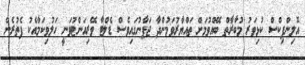
އޮލިންޕިކްސް ކުޅިވަރު މުބާރާތް ބޭއްވުމަށް ތައްޔާރުވަމުންދާ ޖަޕާނުގައިވެސް ޑެލްޓާ ވޭރިއަންޓުވަނީ ހަލުވިކަމާއެކު ފެތުރެން